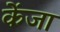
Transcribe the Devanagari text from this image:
केंजा